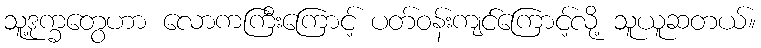
သူ့ဒုက္ခတွေဟာ လောကကြီးကြောင့် ပတ်ဝန်းကျင်ကြောင့်လို့ သူယူဆတယ်။